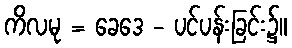
ကိလမု = ခေဒေ - ပင်ပန်းခြင်း၌။